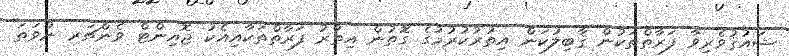
ޝައުޤުވެރިވާ ފަރާތްތަކުން ޤާބިލުކަން އިތުރުކުރުމުގެ ގޮތުން އިތުރު ފަރާތްތަކާއިއެކު ޖޮއިންޓް ވެންޗަރ ނުވަތަ